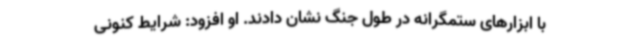
با ابزارهای ستمگرانه در طول جنگ نشان دادند. او افزود: شرایط کنونی